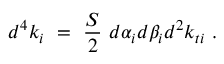
d ^ { 4 } k _ { i } \ = \ \frac S 2 \ d \alpha _ { i } d \beta _ { i } d ^ { 2 } k _ { t i } \ .